Leaving Certificate Examination (including Day School Certificate (Higher) General paper), 1937
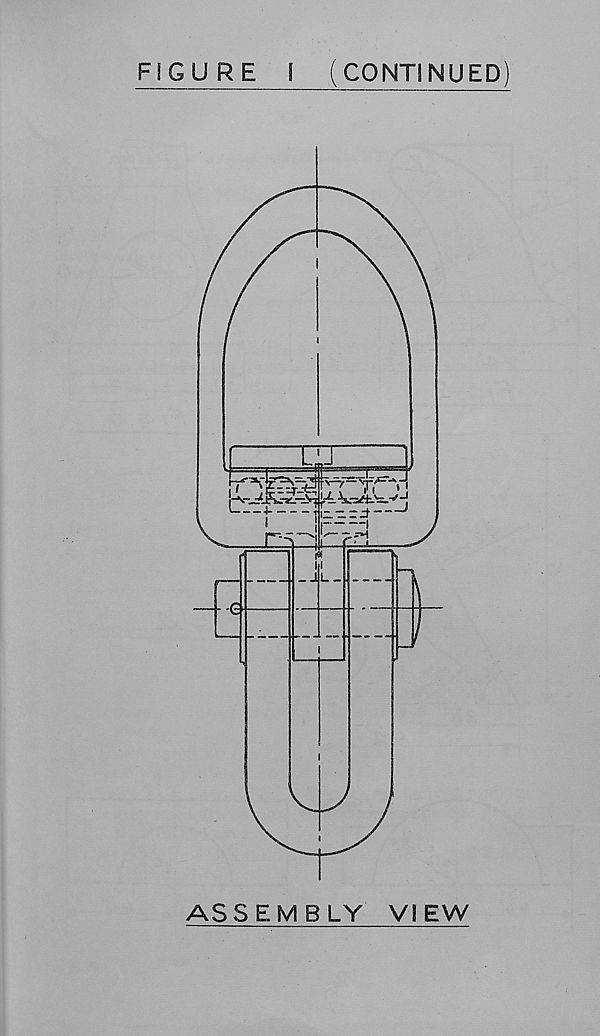
FIGURE
I
(CONTINUED)
ASSEMBLY
VIEW